Annual statistical returns and brief notes on vaccination in Bengal - 1896-1909
Year: 1896
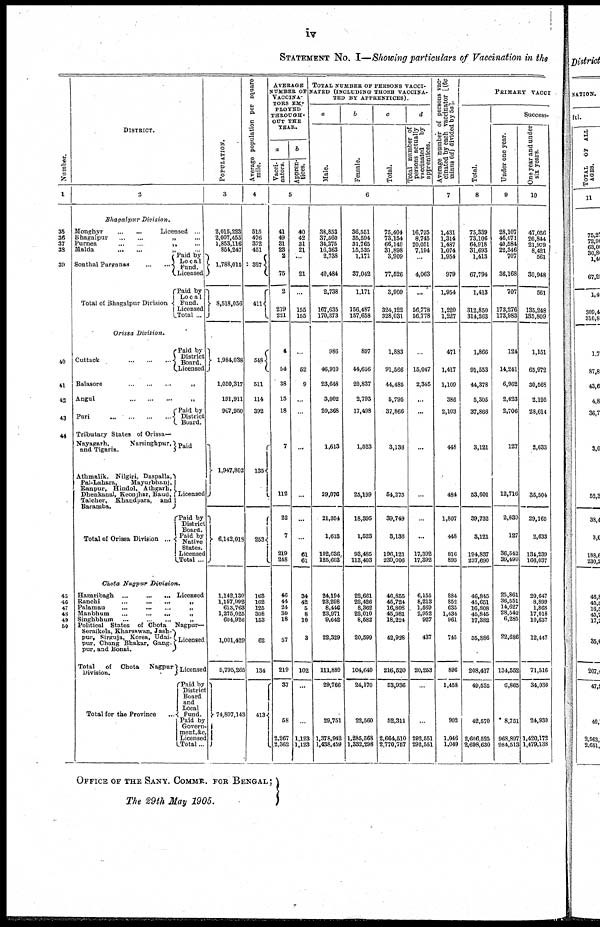
iv
STATEMENT No. I—Showing particulars of Vaccination in the
Number.
1
35
36
37
38
39
40
41
43
43
44
45
46
47
43
49
60
DISTRICT.
2
Bhagalpur
Division.
Monghyr
...
...
Licensed ...
Bhagalpur
...
...
„ ...
Purnea
...
...
„
...
Malda ... ... „ ...
Sonthal Parganas
...
...
Total of Bhagalpur Division
Paid by
Local
Fund.
Licensed
Paid by
Local
Fund.
Licensed
Total ...
Orissa
Division.
Cuttack
...
...
...
Paid by
District
Board.
Licensed.
Balasore ... ... ... „
Angul ... ... ... „
Puri
...
...
...
...
Paid by
District
Board.
Tributary States of Orissa—
Nayagarh,
Narsinghpur,
and Tigaria.
Athmalik, Nilgiri, Daspalla,
Pal-Lahara,
Mayurbhanj,
Ranpur, Hindol, Athgarh,
Dhenkanal, Keonjhar, Baud,
Talcher,
Khandpara,
and
Baramba.
Total of Orissa Division ...
Paid
Licensed
Paid by
District
Board.
Paid by
Native
States.
Licensed
Total ...
Chota Nagpnr
Division.
Hazaribagh
...
...
...
Licensed
Ranchi
...
...
...
„
Palamau
...
...
...
„
Manbhum
...
...
...
„
Singhbhum
...
...
...
„
Political States of Chota
Nagpur—
Seraikela, Kharsawan, Jash-
pur, Sirguja, Korea, Udai-
pur, Chang Bhakar, Gang-
pur, and Bonai.
Total
of
Chota
Nagpur
Division.
Total for the Province
Licensed
Licensed
Paid by
District
Board
and
Local
fund.
Paid by
Govern-
ment,&c.
Licensed
Total...
POPULATION.
3
2,015,223
2,007,455
1,853,116
854,247
1,788,015
8,518,056
1,984,038
1,050,317
191,911
967,950
1,947,802
6,142,018
1,142,130
1,157,992
613,763
1,275,025
604,926
1,001,429
5,795,265
74,807,143
Average population per square
mile.
4
515
476
372
451
327
411
548
511
114
392
135
253
163
162
125
308
153
62
134
413
AVERAGE
NUMBER OF
VACCINA¬
TORS EM-
PLOYED
THROUGH-
-UT THE
YEAR.
a
Vacci-
nators.
b
Appren-
tices.
5
41
49
31
23
2
75
2
219
221
4
54
38
15
18
7
112
22
7
219
248
46
44
24
30
18
57
219
37
58
2,267
2,362
40
42
31
21
...
21
...
155
155
...
52
9
...
...
...
...
...
61
61
34
42
5
8
10
3
102
...
...
1,123
1,123
TOTAL NUMBER OF PERSONS VACCI-
NATED (INCLUDING THOSE VACCINA-
TED BY APPRENTICES).
a
Male.
b
Female.
c
Total.
d
Total number of
persons actually
vaccinated
by
apprentices.
6
38,853
37,560
34,375
16,363
2,738
40,484
2,738
167,635
170,373
986
46,910
23,648
3,002
20,368
1,613
29,076
21,354
1,613
102,636
125,603
24,194
23,298
8,446
23,971
9,642
22,329
111,880
29,766
29,751
1,378,942
1,438,459
86,551
35,594
31,765
15,535
1,171
37,042
1,171
156,487
157,658
897
44,656
20,837
2,793
17,498
1,523
25,199
18,395
1,523
93,485
113,403
22,661
22,426
8,362
22,010
8,582
20,599
104,640
24,170
22,560
1,285,568
1,332,298
75,404
73,154
66,140
31,898
3,909
77,526
3,909
324,122
328,031
1,883
91,566
44,485
5,795
37,866
3,136
54,275
39,749
3,136
196,121
239,006
46,855
45,724
16,808
45,981
18,224
42,938
216,520
53,936
52,311
2,664,510
2,770,767
16,725
8,745
20,051
7,194
...
4,063
...
56,778
56,778
...
15,047
2,345
...
...
...
...
...
...
17,392
17,392
6,155
8,213
1,569
2,952
927
437
20,253
...
...
292,551
292,551
Average number of persons vac¬
cinated by each vaccinator [(6c
minus 6d) divided by 5a].
7
1,431
1,314
1,487
1,074
1,954
979
1,954
1,220
1,227
471
1,417
1,109
386
2,103
448
484
1,807
448
816
893
884
852
635
1,434
961
745
896
1,458
902
1,046
1,049
PRIMARY
VACCI
Total.
8
75,339
73,106
64,918
31,693
1,413
67,794
1,413
312,850
314,263
1,866
91,553
44,378
5,305
37,866
3,121
53,601
39,732
3,121
194,837
237,690
46,845
45,651
16,808
45,845
17,382
35,886
208,417
49,535
42,570
2,606,525
2,698,630
Success.
Under one year.
9
28,107
46,071
40,584
22,346
707
36,168
707
173,276
173,983
124
14,241
6,962
2,623
2,706
127
12,716
2,830
127
36,542
39,499
25,861
36,551
14,627
28,542
6,285
22,686
134,552
6,865
8,751
968,891
984,513
One year and under
six years.
10
47,056
26,844
21,979
8,421
561
30,948
561
135,248
135,809
1,151
65,972
30,568
2,195
28,014
2,633
35,504
29,165
2,633
134,239
166,037
20,647
8,899
1,868
17,018
10,637
12,447
71,516
34,036
24,930
1,420,172
1,479,138
OFFICE OF THE SANY. COMMR. FOR BENGAL;
The 29th May 1905.